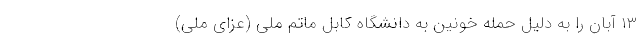
۱۳ آبان را به دلیل حمله خونین به دانشگاه کابل ماتم ملی (عزای ملی)